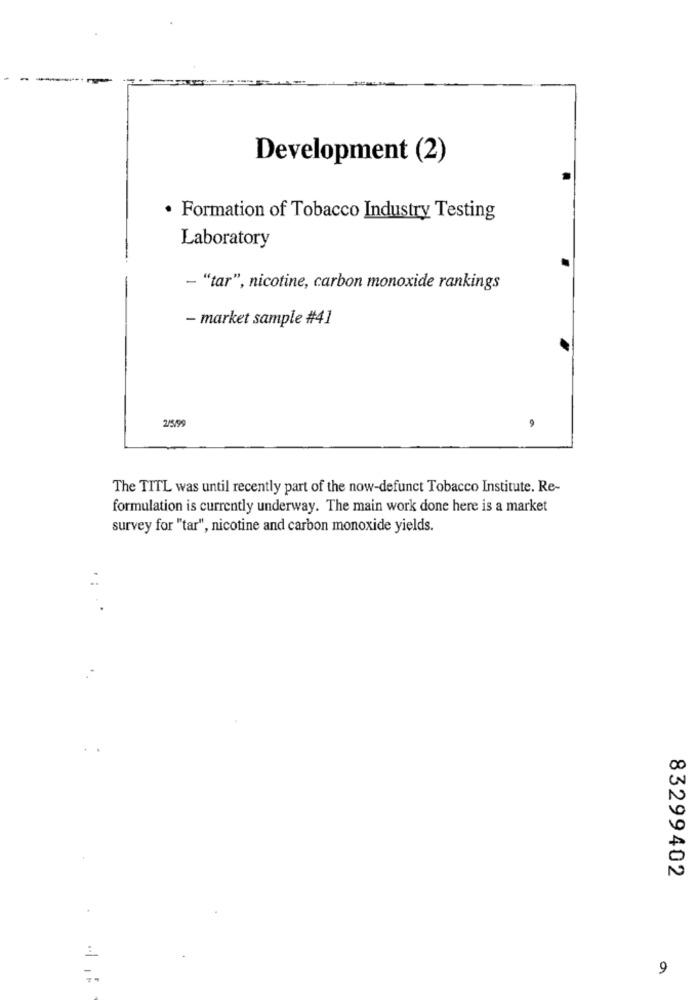
Development (2)
· Formation of Tobacco Industry Testing
Laboratory
- "tar", nicotine, carbon monoxide rankings
- market sample #41
2/5/99
9
The TITL was until recently part of the now-defunct Tobacco Institute. Re-
formulation is currently underway. The main work done here is a market
survey for "tar", nicotine and carbon monoxide yields.
83299402
9